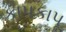
કાપકાપૂ